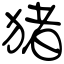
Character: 猪